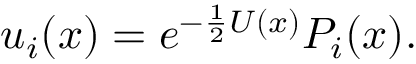
u _ { i } ( x ) = e ^ { - { \frac { 1 } { 2 } } U ( x ) } { \cal P } _ { i } ( x ) .